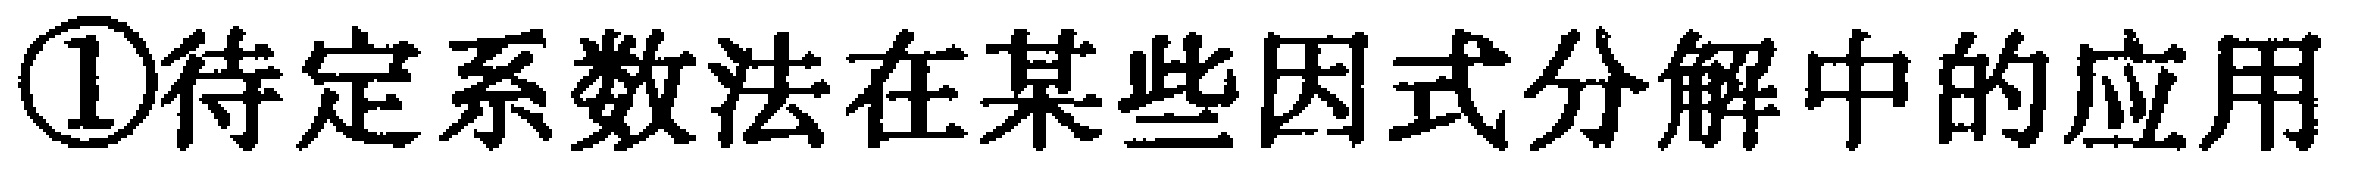
\textcircled{1}待定系数法在某些因式分解中的应用